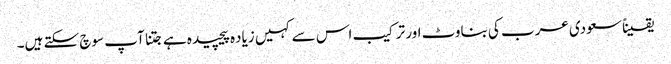
یقیناً سعودی عرب کی بناوٹ اور ترکیب اس سے کہیں زیاده پیچیده ہے جتنا آپ سوچ سکتے ہیں۔